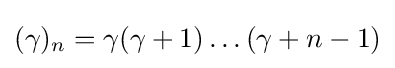
(\gamma )_{n}=\gamma (\gamma +1)\ldots (\gamma +n-1)